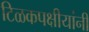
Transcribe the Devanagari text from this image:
टिळकपक्षीयांनी